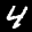
Label: 4